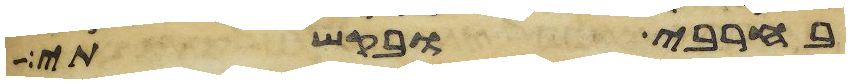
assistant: בחרבי ובקשתי